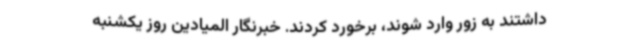
داشتند به زور وارد شوند، برخورد کردند. خبرنگار المیادین روز یکشنبه